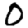
Digit: 0